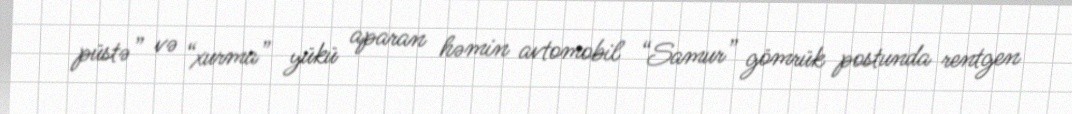
püstə” və “xurma” yükü aparan həmin avtomobil “Samur” gömrük postunda rentgen